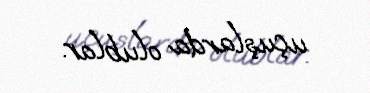
uçuşlarda olublar.